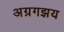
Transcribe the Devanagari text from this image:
अग्रगझय